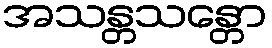
အသန္တသန္တော